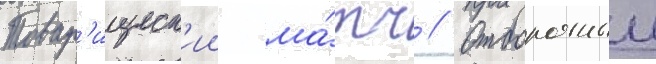
Товар'ищеск'ии ма́тч // Отборочныи